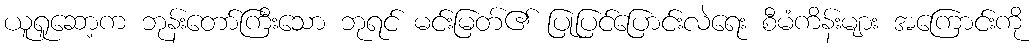
ယူရူဆော့က ဘုန်းတော်ကြီးသော ဘုရင် မင်းမြတ်၏ ပြုပြင်ပြောင်းလဲရေး စီမံကိန်းများ အကြောင်းကို